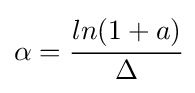
\alpha ={\cfrac {ln(1+a)}{\Delta }}